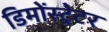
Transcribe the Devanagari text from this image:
डिमोंस्ट्रेटर